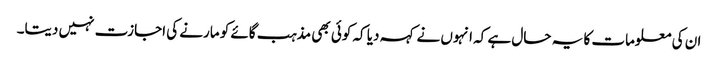
ان کی معلومات کا یہ حال ہے کہ انہوں نے کہہ دیا کہ کوئی بھی مذہب گائے کو مارنے کی اجازت نہیں دیتا۔